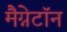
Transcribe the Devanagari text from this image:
मैग्नेटॉन